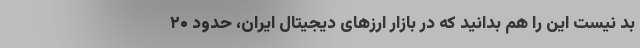
بد نیست این را هم بدانید که در بازار ارزهای دیجیتال ایران، حدود ۲۰